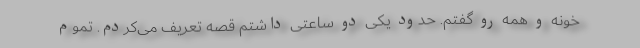
خونه و همه رو گفتم. حدود یکی دو ساعتی داشتم قصه تعریف می‌کردم. تموم